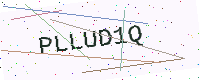
Text: PLLUD1Q